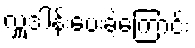
လှူဒါန်းပေးခဲ့ကြောင်း